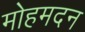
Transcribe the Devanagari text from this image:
मोहमदन